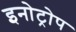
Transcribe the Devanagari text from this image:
इनोट्रोप